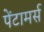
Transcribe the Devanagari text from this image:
पेंटामर्स